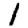
Digit: 1